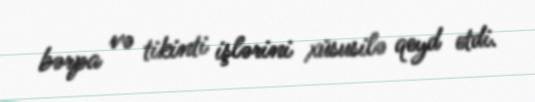
bərpa və tikinti işlərini xüsusilə qeyd etdi.